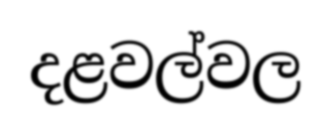
දළවල්වල